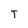
Character: T